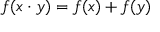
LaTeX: f ( x \cdot y ) = f ( x ) + f ( y )